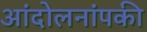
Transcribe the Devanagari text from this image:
आंदोलनांपकी